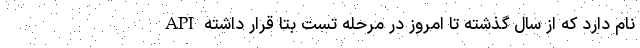
API نام دارد که از سال گذشته تا امروز در مرحله تست بتا قرار داشته